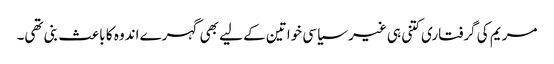
مریم کی گرفتاری کتنی ہی غیر سیاسی خواتین کے لیے بھی گہرے اندوہ کا باعث بنی تھی۔